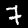
Digit: 7